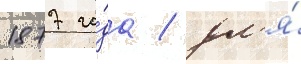
1877 го́да / дл'я́